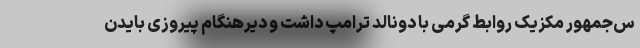
س‌جمهور مکزیک روابط گرمی با دونالد ترامپ داشت و دیرهنگام پیروزی بایدن